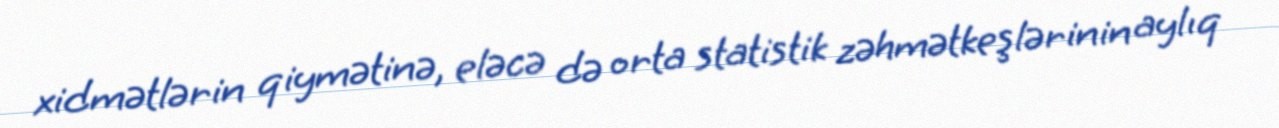
xidmətlərin qiymətinə, eləcə də orta statistik zəhmətkeşlərinin aylıq